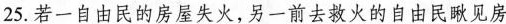
25.若一自由民的房屋失火，另一前去救火的自由民瞅见房